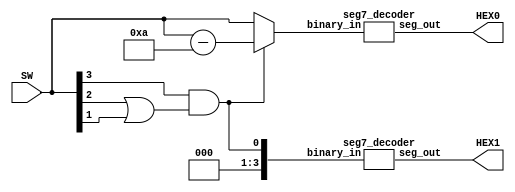
module top_module (
    input [3:0] SW,
    output [6:0] HEX1,
    output [6:0] HEX0
);

    wire [3:0] V = SW;
    wire z;
    wire [3:0] A;
    wire [3:0] d0;

    // Comparator: z = 1 if V > 9
    assign z = (V[3] & (V[2] | V[1]));

    // Circuit A: A = V - 10 if V > 9
    assign A = V - 4'b1010;

    // Multiplexer: d0 = A if z == 1, else V
    assign d0 = z ? A : V;

    // d1 = 1 if V > 9, else 0
    wire [3:0] d1 = {3'b0, z};

    seg7_decoder decoder1 (.binary_in(d1), .seg_out(HEX1));
    seg7_decoder decoder0 (.binary_in(d0), .seg_out(HEX0));

endmodule

module seg7_decoder (
    input [3:0] binary_in,
    output [6:0] seg_out
);

    assign seg_out = (binary_in == 4'b0000) ? 7'b1000000 :  // 0
                     (binary_in == 4'b0001) ? 7'b1111001 :  // 1
                     (binary_in == 4'b0010) ? 7'b0100100 :  // 2
                     (binary_in == 4'b0011) ? 7'b0110000 :  // 3
                     (binary_in == 4'b0100) ? 7'b0011001 :  // 4
                     (binary_in == 4'b0101) ? 7'b0010010 :  // 5
                     (binary_in == 4'b0110) ? 7'b0000010 :  // 6
                     (binary_in == 4'b0111) ? 7'b1111000 :  // 7
                     (binary_in == 4'b1000) ? 7'b0000000 :  // 8
                     (binary_in == 4'b1001) ? 7'b0010000 :  // 9
                     7'b1111111;  // Default case for undefined inputs
endmodule